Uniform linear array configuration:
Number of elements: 4
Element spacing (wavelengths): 0.5
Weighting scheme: uniform
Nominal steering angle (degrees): -15
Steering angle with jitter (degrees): -15.338
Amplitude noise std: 0.05
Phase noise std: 0.05

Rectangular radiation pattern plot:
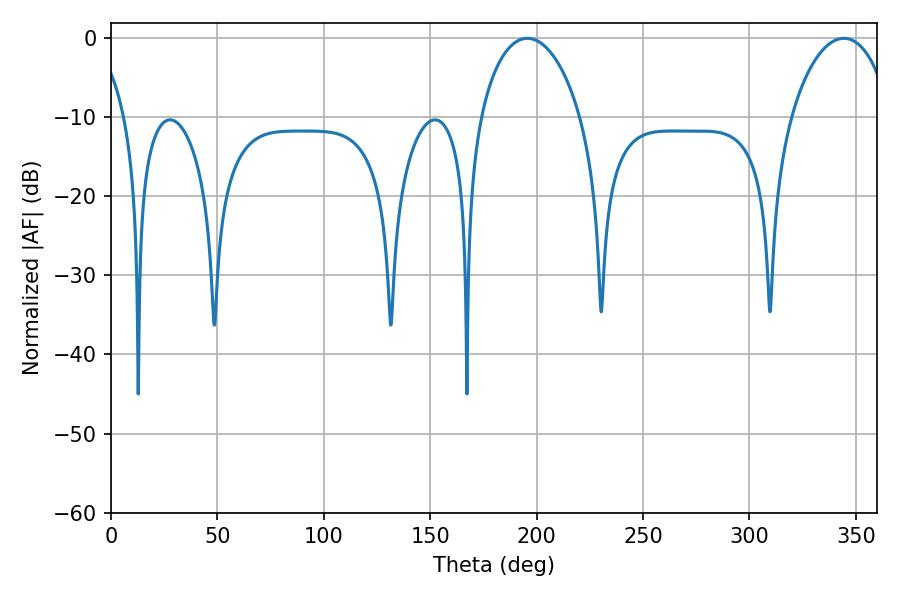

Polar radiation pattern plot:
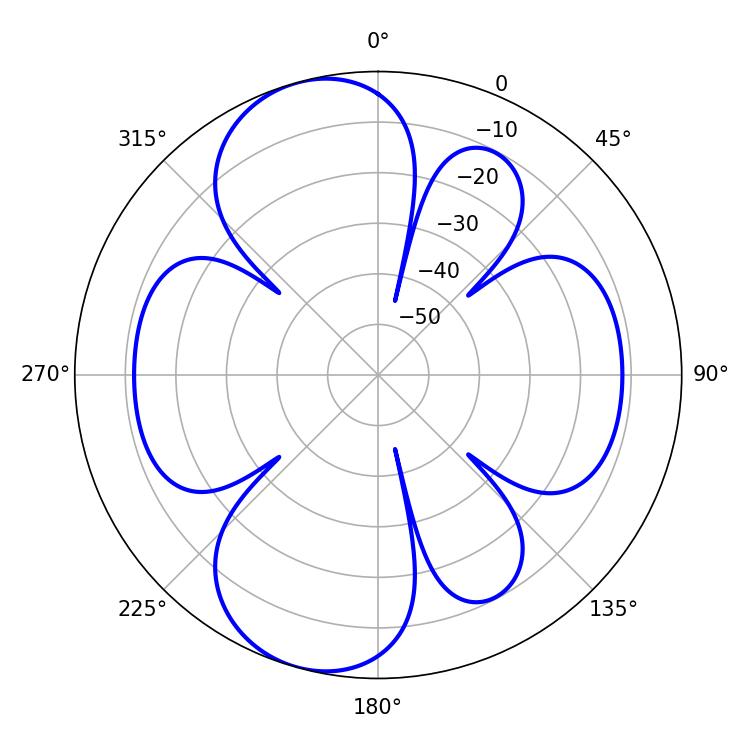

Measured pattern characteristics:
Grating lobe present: FALSE
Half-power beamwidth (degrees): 27.18
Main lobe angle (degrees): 195.66